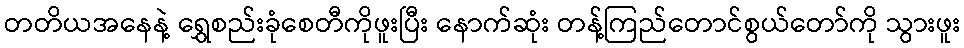
တတိယအနေနဲ့ ရွှေစည်းခုံစေတီကိုဖူးပြီး နောက်ဆုံး တန့်ကြည်တောင်စွယ်တော်ကို သွားဖူး